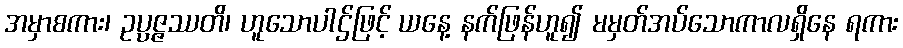
အမှာစကား၊ ဥပ္ပဇ္ဇဿတိ၊ ဟူသောပါဌ်ဖြင့် ယနေ့ နက်ဖြန်ဟူ၍ မမှတ်အပ်သောကာလရှိနေ ရကား